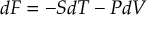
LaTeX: d F = - S d T - P d V